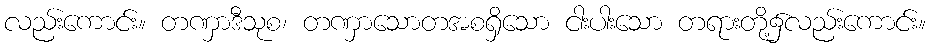
လည်းကောင်း။ တဏှာဒီသုစ၊ တဏှာသောတအစရှိသော ငါးပါးသော တရားတို့၌လည်းကောင်း။